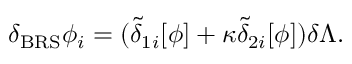
\delta _ { \mathrm { B R S } } \phi _ { i } = ( \tilde { \delta } _ { 1 i } [ \phi ] + \kappa \tilde { \delta } _ { 2 i } [ \phi ] ) \delta \Lambda .